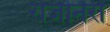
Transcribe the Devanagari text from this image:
रोजोनेरी